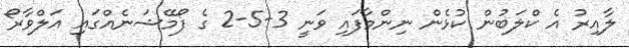
ލާއިރު އެ ކްލަބުން ކުޅެން ނިންމާފައި ވަނީ 3-5-2 ގެ ފޯމޭޝަނެއްގައި އަލްވާރޯ